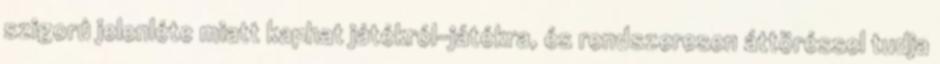
szigorú jelenléte miatt kaphat játékról-játékra, és rendszeresen áttöréssel tudja